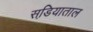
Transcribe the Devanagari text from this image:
सडि़याताल